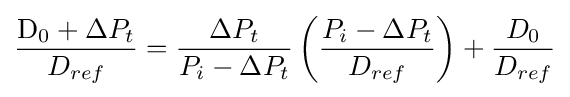
{\mathrm {D} _{0}+\Delta {P}_{t} \over D_{ref}}={\Delta {P}_{t} \over P_{i}-\Delta {P}_{t}}\left({P_{i}-\Delta {P}_{t} \over D_{ref}}\right)+{D_{0} \over D_{ref}}